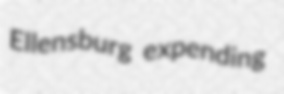
Ellensburg expending